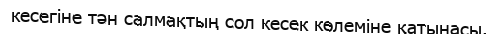
кесегіне тән салмақтың сол кесек көлеміне қатынасы.